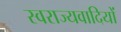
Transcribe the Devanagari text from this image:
स्वराज्यवादियों